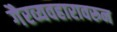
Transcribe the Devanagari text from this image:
गैरव्यवहारावरून